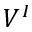
V ^ { I }